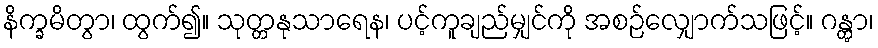
နိက္ခမိတွာ၊ ထွက်၍။ သုတ္တနုသာရေန၊ ပင့်ကူချည်မျှင်ကို အစဉ်လျှောက်သဖြင့်။ ဂန္တွာ၊